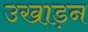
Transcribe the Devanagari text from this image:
उखाड़न